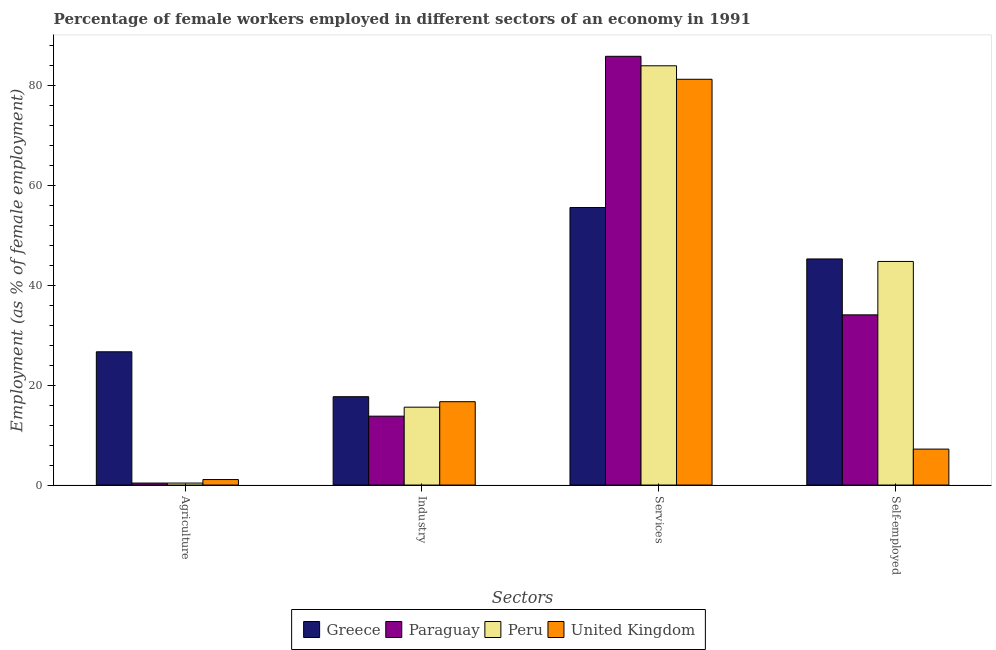
| Sectors | Greece | Paraguay | Peru | United Kingdom |
 | --- | --- | --- | --- | --- |
 | Agriculture | 26.7 | 0.4 | 0.4 | 1.1 |
 | Industry | 17.7 | 13.8 | 15.6 | 16.7 |
 | Services | 55.6 | 85.9 | 84 | 81.3 |
 | Self-employed | 45.3 | 34.1 | 44.8 | 7.2 |